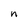
Character: n